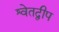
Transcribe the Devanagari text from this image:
श्वेतद्वीप